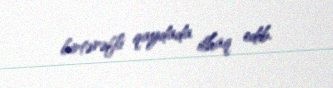
birtərəfli qaydada ilhaq edib.